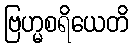
ဗြဟ္မစရိယေတိ